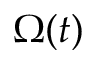
\Omega ( t )